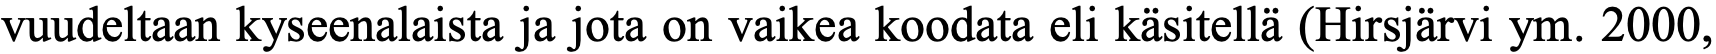
vuudeltaan kyseenalaista ja jota on vaikea koodata eli käsitellä (Hirsjärvi ym. 2000,